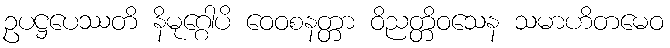
ဥပဋ္ဌပေဿတိ နိမုဂ္ဂေါပိ ဝေဝစနတ္တာ ဝိညတ္တိဝသေန သမာဟိတမေဝ